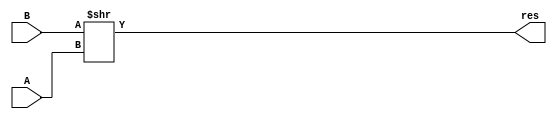
`timescale 1ns / 1ps
//////////////////////////////////////////////////////////////////////////////////
// Company: 
// Engineer: 
// 
// Design Name: 
// Module Name:    srl32 
// Project Name: 
// Target Devices: 
// Tool versions: 
// Description: 
//
// Dependencies: 
//
// Revision: 
// Revision 0.01 - File Created
// Additional Comments: 
//
//////////////////////////////////////////////////////////////////////////////////
module srl32(input [31:0]A,input [31:0]B,output [31:0]res
    );
assign res=B>>A;


endmodule